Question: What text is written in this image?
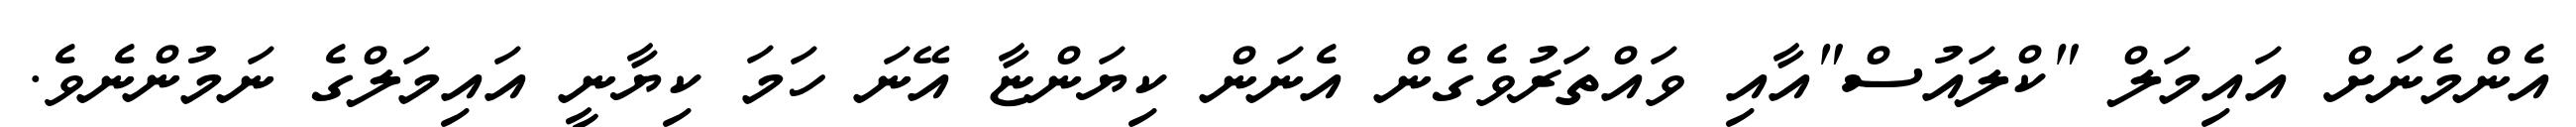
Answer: އެންމެނަށް އައިމަލް "ކްލައުސް"އާއި ވައްތަރުވެގެން އެނަން ކިޔަންޏާ އޭނަ ހަމަ ކިޔާނީ އައިމަލްގެ ނަމުންނެވެ.